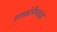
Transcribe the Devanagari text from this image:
सल्फ़ोनैमाइड